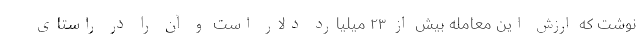
نوشت که ارزش این معامله بیش از ۲۳ میلیارد دلار است و آن را در راستای